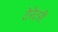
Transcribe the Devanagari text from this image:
टेरेटरी